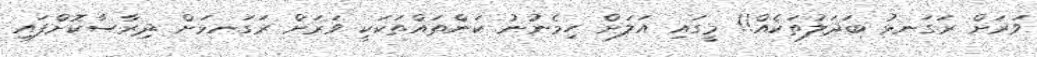
ވަރަށް ރަގަނޅު ބަދަލުތަކެއް!! މީގައި އަލަށް ހިމެނުނު ކަންތައްތަކަކީ ވަރަށް ރަގަނޅަށް ދިރާސާކޮށްފައި